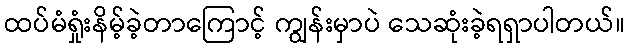
ထပ်မံရှုံးနိမ့်ခဲ့တာကြောင့် ကျွန်းမှာပဲ သေဆုံးခဲ့ရရှာပါတယ်။